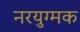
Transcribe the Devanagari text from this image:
नरयुग्मक